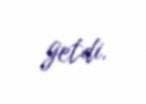
getdi.